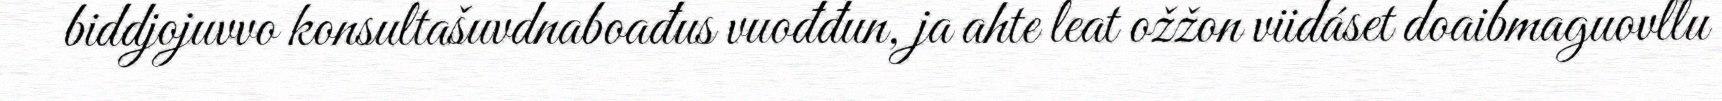
biddjojuvvo konsultašuvdnaboađus vuođđun, ja ahte leat ožžon viidáset doaibmaguovllu